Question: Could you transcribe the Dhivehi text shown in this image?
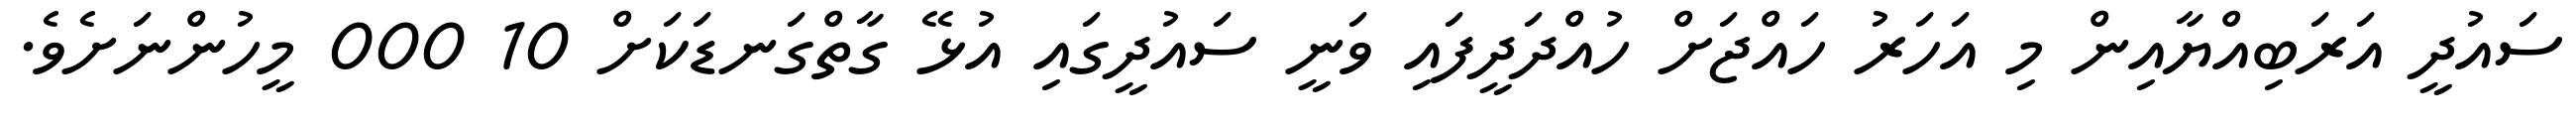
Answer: ސައުދީ އަރަބިއްޔާއިން މި އަހަރު ހައްޖަށް ހުއްދަދީފައި ވަނީ ސައުދީގައި އުޅޭ ގާތްގަނޑަކަށް 10 000 މީހުންނަށެވެ.